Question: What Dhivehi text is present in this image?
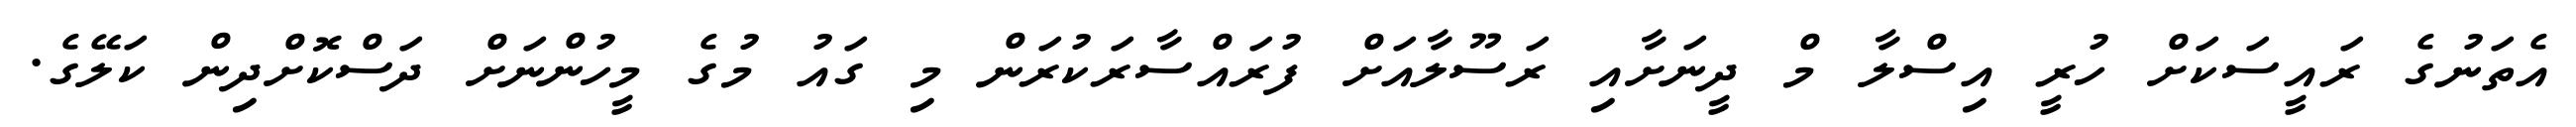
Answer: އެތަނުގެ ރައީސަކަށް ހުރީ އިސްލާ މް ދީނަށާއި ރަސޫލާއަށް ފުރައްސާރަކުރަން މި ގައު މުގެ މީހުންނަށް ދަސްކޮށްދިން ކަލޭގެ.